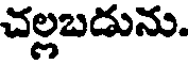
చల్లబడును.